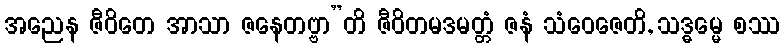
အညေန ဇီဝိတေ အာသာ ဇနေတဗ္ဗာ”တိ ဇီဝိတမဒမတ္တံ ဇနံ သံဝေဇေတိ, သဒ္ဓမ္မေ စဿ